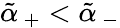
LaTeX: \tilde{\alpha}_{\, +}<\tilde{\alpha}_{\, -}